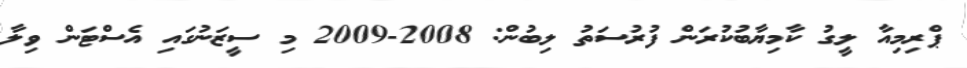
ޕްރިމިއާ ލީގު ކާމިޔާބުކުރަން ފުރުސަތު ލިބުން: 2008-2009 މި ސީޒަނުގައި އެސްޓަން ވިލާ